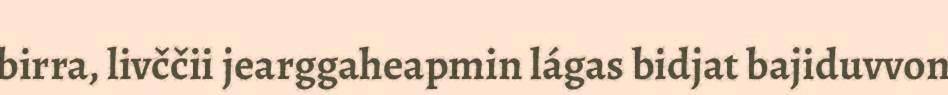
birra, livččii jearggaheapmin lágas bidjat bajiduvvon